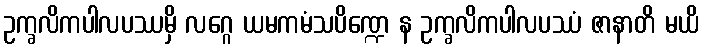
ဥက္ခလိကပါလပဿမှိ လဂ္ဂေ ယမကမံသပိဏ္ဍေ န ဥက္ခလိကပါလပဿံ ဇာနာတိ မယိ